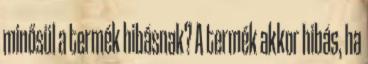
minősül a termék hibásnak? A termék akkor hibás, ha